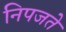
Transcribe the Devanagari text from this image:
निपजते